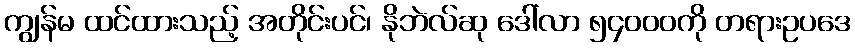
ကျွန်မ ထင်ထားသည့် အတိုင်းပင်၊ နိုဘဲလ်ဆု ဒေါ်လာ ၅၄၀၀၀ကို တရားဥပဒေ